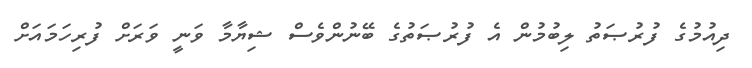
ދިއުމުގެ ފުރުޞަތު ލިބުމުން އެ ފުރުޞަތުގެ ބޭނުންވެސް ޝިޔާމާ ވަނީ ވަރަށް ފުރިހަމައަށް